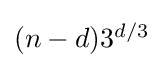
{\textstyle (n-d)3^{d/3}}